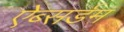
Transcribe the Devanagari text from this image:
ऐब्सर्डम